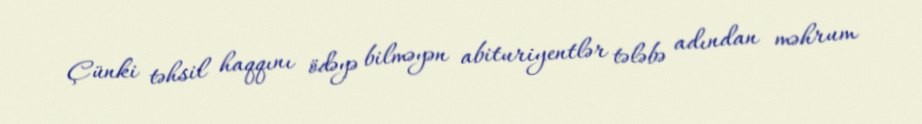
Çünki təhsil haqqını ödəyə bilməyən abituriyentlər tələbə adından məhrum